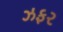
ઝફર